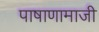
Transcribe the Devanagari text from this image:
पाषाणामाजी